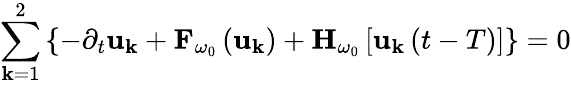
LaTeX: \sum_{\mathbf{k}=1}^{2}\left\{ -\partial_{t}\mathbf{{u}}_{\mathbf{k}}+{\mathbf{F}}_{\omega_{0}}\left({\mathbf{u}}_{\mathbf{k}}\right)+{\mathbf{H}}_{\omega_{0}}\left[{\mathbf{u}}_{\mathbf{k}}\left(t-T\right)\right]\right\} =0